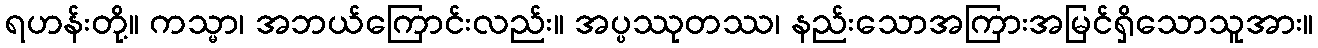
ရဟန်းတို့။ ကသ္မာ၊ အဘယ်ကြောင်းလည်း။ အပ္ပဿုတဿ၊ နည်းသောအကြားအမြင်ရှိသောသူအား။